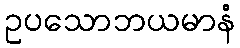
ဥပသောဘယမာနံ